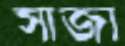
সাজা